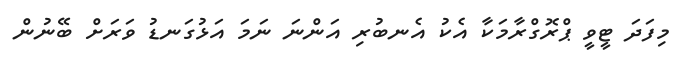
މިފަދަ ޓީވީ ޕްރޮގްރާމަކާ އެކު އެނބުރި އަންނަ ނަމަ އަޅުގަނޑު ވަރަށް ބޭނުން